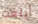
أبلغت